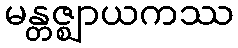
မန္တဇ္ဈာယကဿ